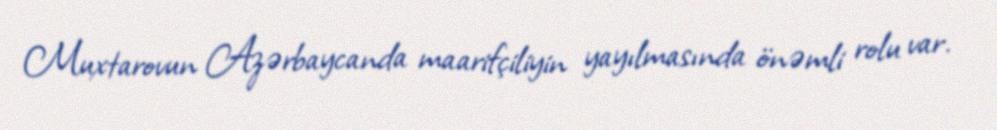
Muxtarovun Azərbaycanda maarifçiliyin yayılmasında önəmli rolu var.